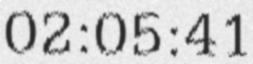
02:05:41